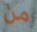
من